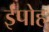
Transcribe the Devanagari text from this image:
ईपोह